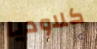
كلاوديا